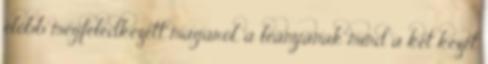
előbb megfeledkezett magáról, a leányának mind a két kezét